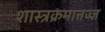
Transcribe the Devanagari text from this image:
शास्त्रक्रमात्तज्ज्ञ